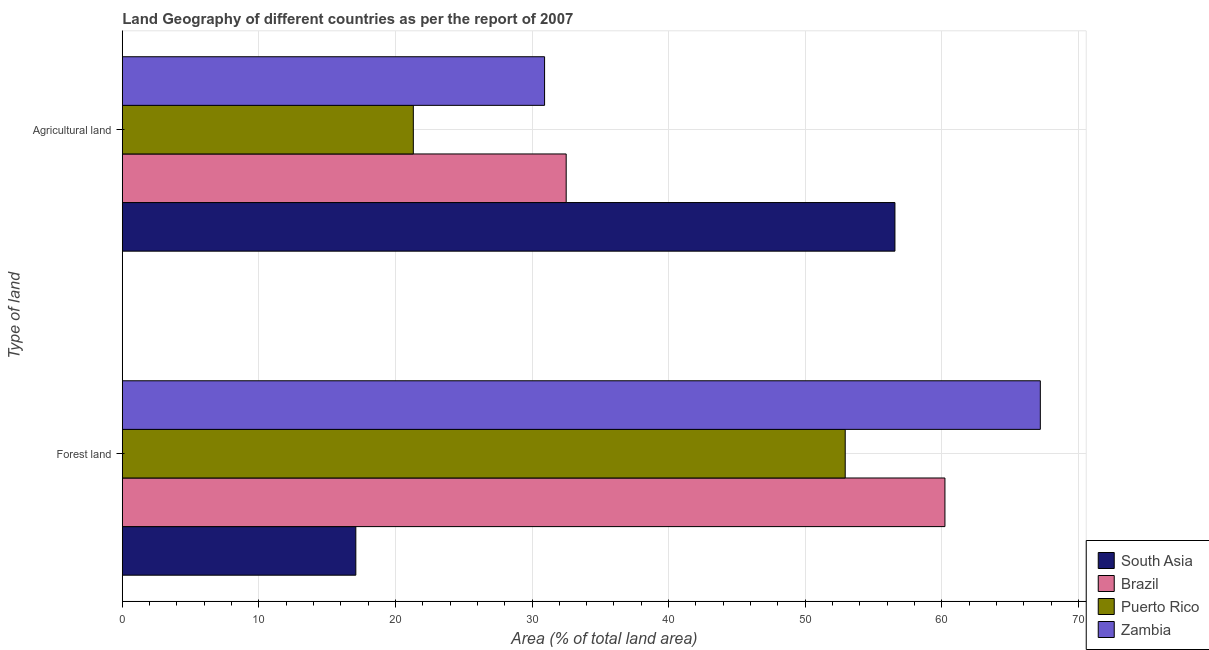
| Type of land | South Asia | Brazil | Puerto Rico | Zambia |
 | --- | --- | --- | --- | --- |
 | Forest land | 17.1 | 60.2 | 52.9 | 67.2 |
 | Agricultural land | 56.6 | 32.5 | 21.3 | 30.9 |